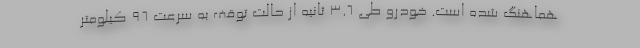
هماهنگ شده است. خودرو طی 3.6 ثانیه از حالت توقف به سرعت 96 کیلومتر